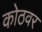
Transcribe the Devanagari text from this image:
कोठवर